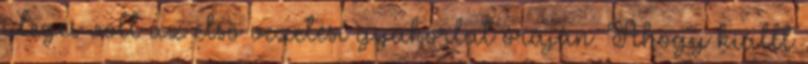
ideges volt az első vezetési gyakorlat óráján. Ahogy kiállt